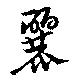
麗